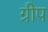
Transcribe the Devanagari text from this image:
ग्रीप